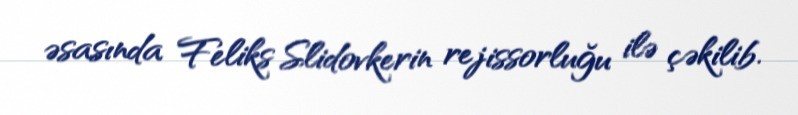
əsasında Feliks Slidovkerin rejissorluğu ilə çəkilib.